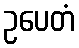
ဥပေတံ